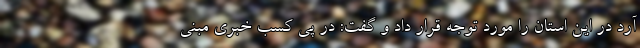
آرد در این استان را مورد توجه قرار داد و گفت: در پی کسب خبری مبنی